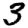
Digit: 3